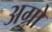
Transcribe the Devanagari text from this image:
अग्रो